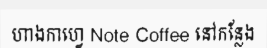
ហាងកាហ្វេ Note Coffee នៅកន្លែង